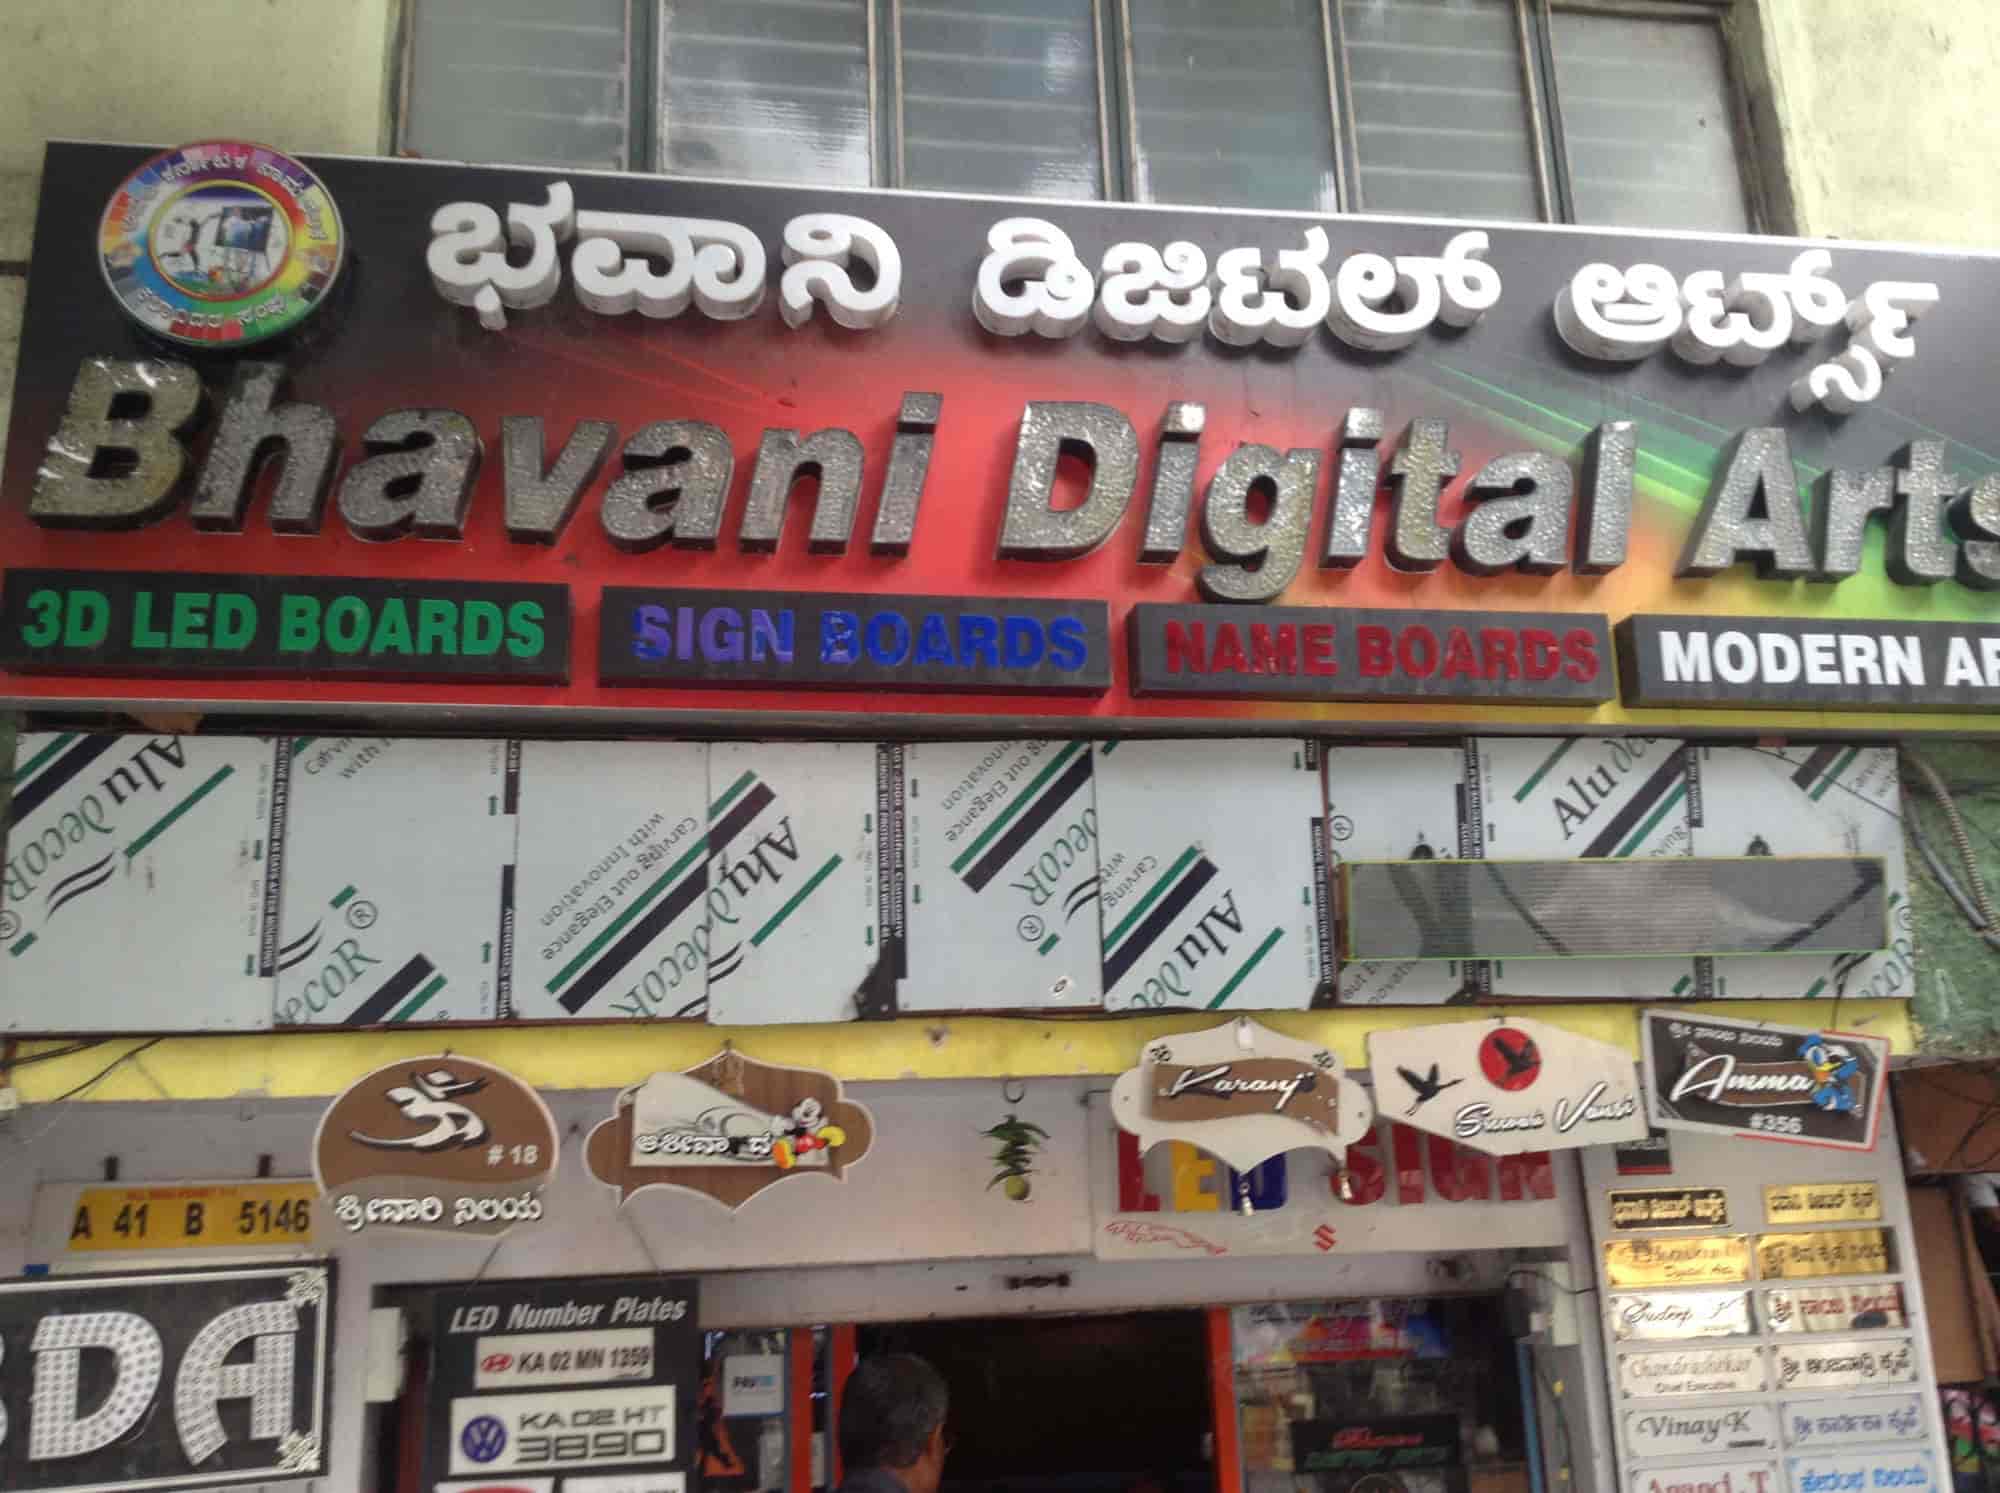
Language: kannada
Transcription: ಆರ್ಟ್ಸ್ ಡಿಜಿಟಲ್ ಭವಾನಿ